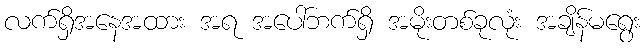
လက်ရှိအနေအထား အရ အပေါ်ဘက်ရှိ အမိုးတစ်ခုလုံး အချိန်မရွေး